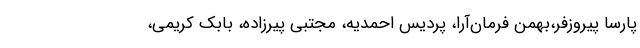
پارسا پیروزفر،بهمن فرمان‌آرا، پردیس احمدیه، مجتبی پیرزاده، بابک کریمی،